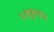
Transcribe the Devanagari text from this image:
६शत्रुस्थान